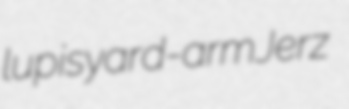
lupis yard-arm Jerz